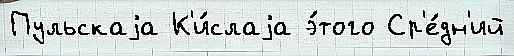
Пульскаjа К'и́слаjа э́того Ср'е́дн'ий